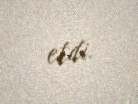
etdi.